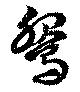
鵩